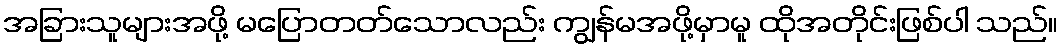
အခြားသူများအဖို့ မပြောတတ်သောလည်း ကျွန်မအဖို့မှာမူ ထိုအတိုင်းဖြစ်ပါ သည်။